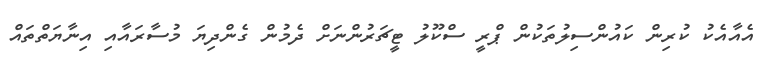
އެއާއެކު ކުރިން ކައުންސިލުތަކުން ޕްރީ ސްކޫލު ޓީޗަރުންނަށް ދެމުން ގެންދިޔަ މުސާރައާއި އިނާޔަތްތައް